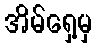
အိမ်ရှေ့မှ